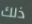
ذلك